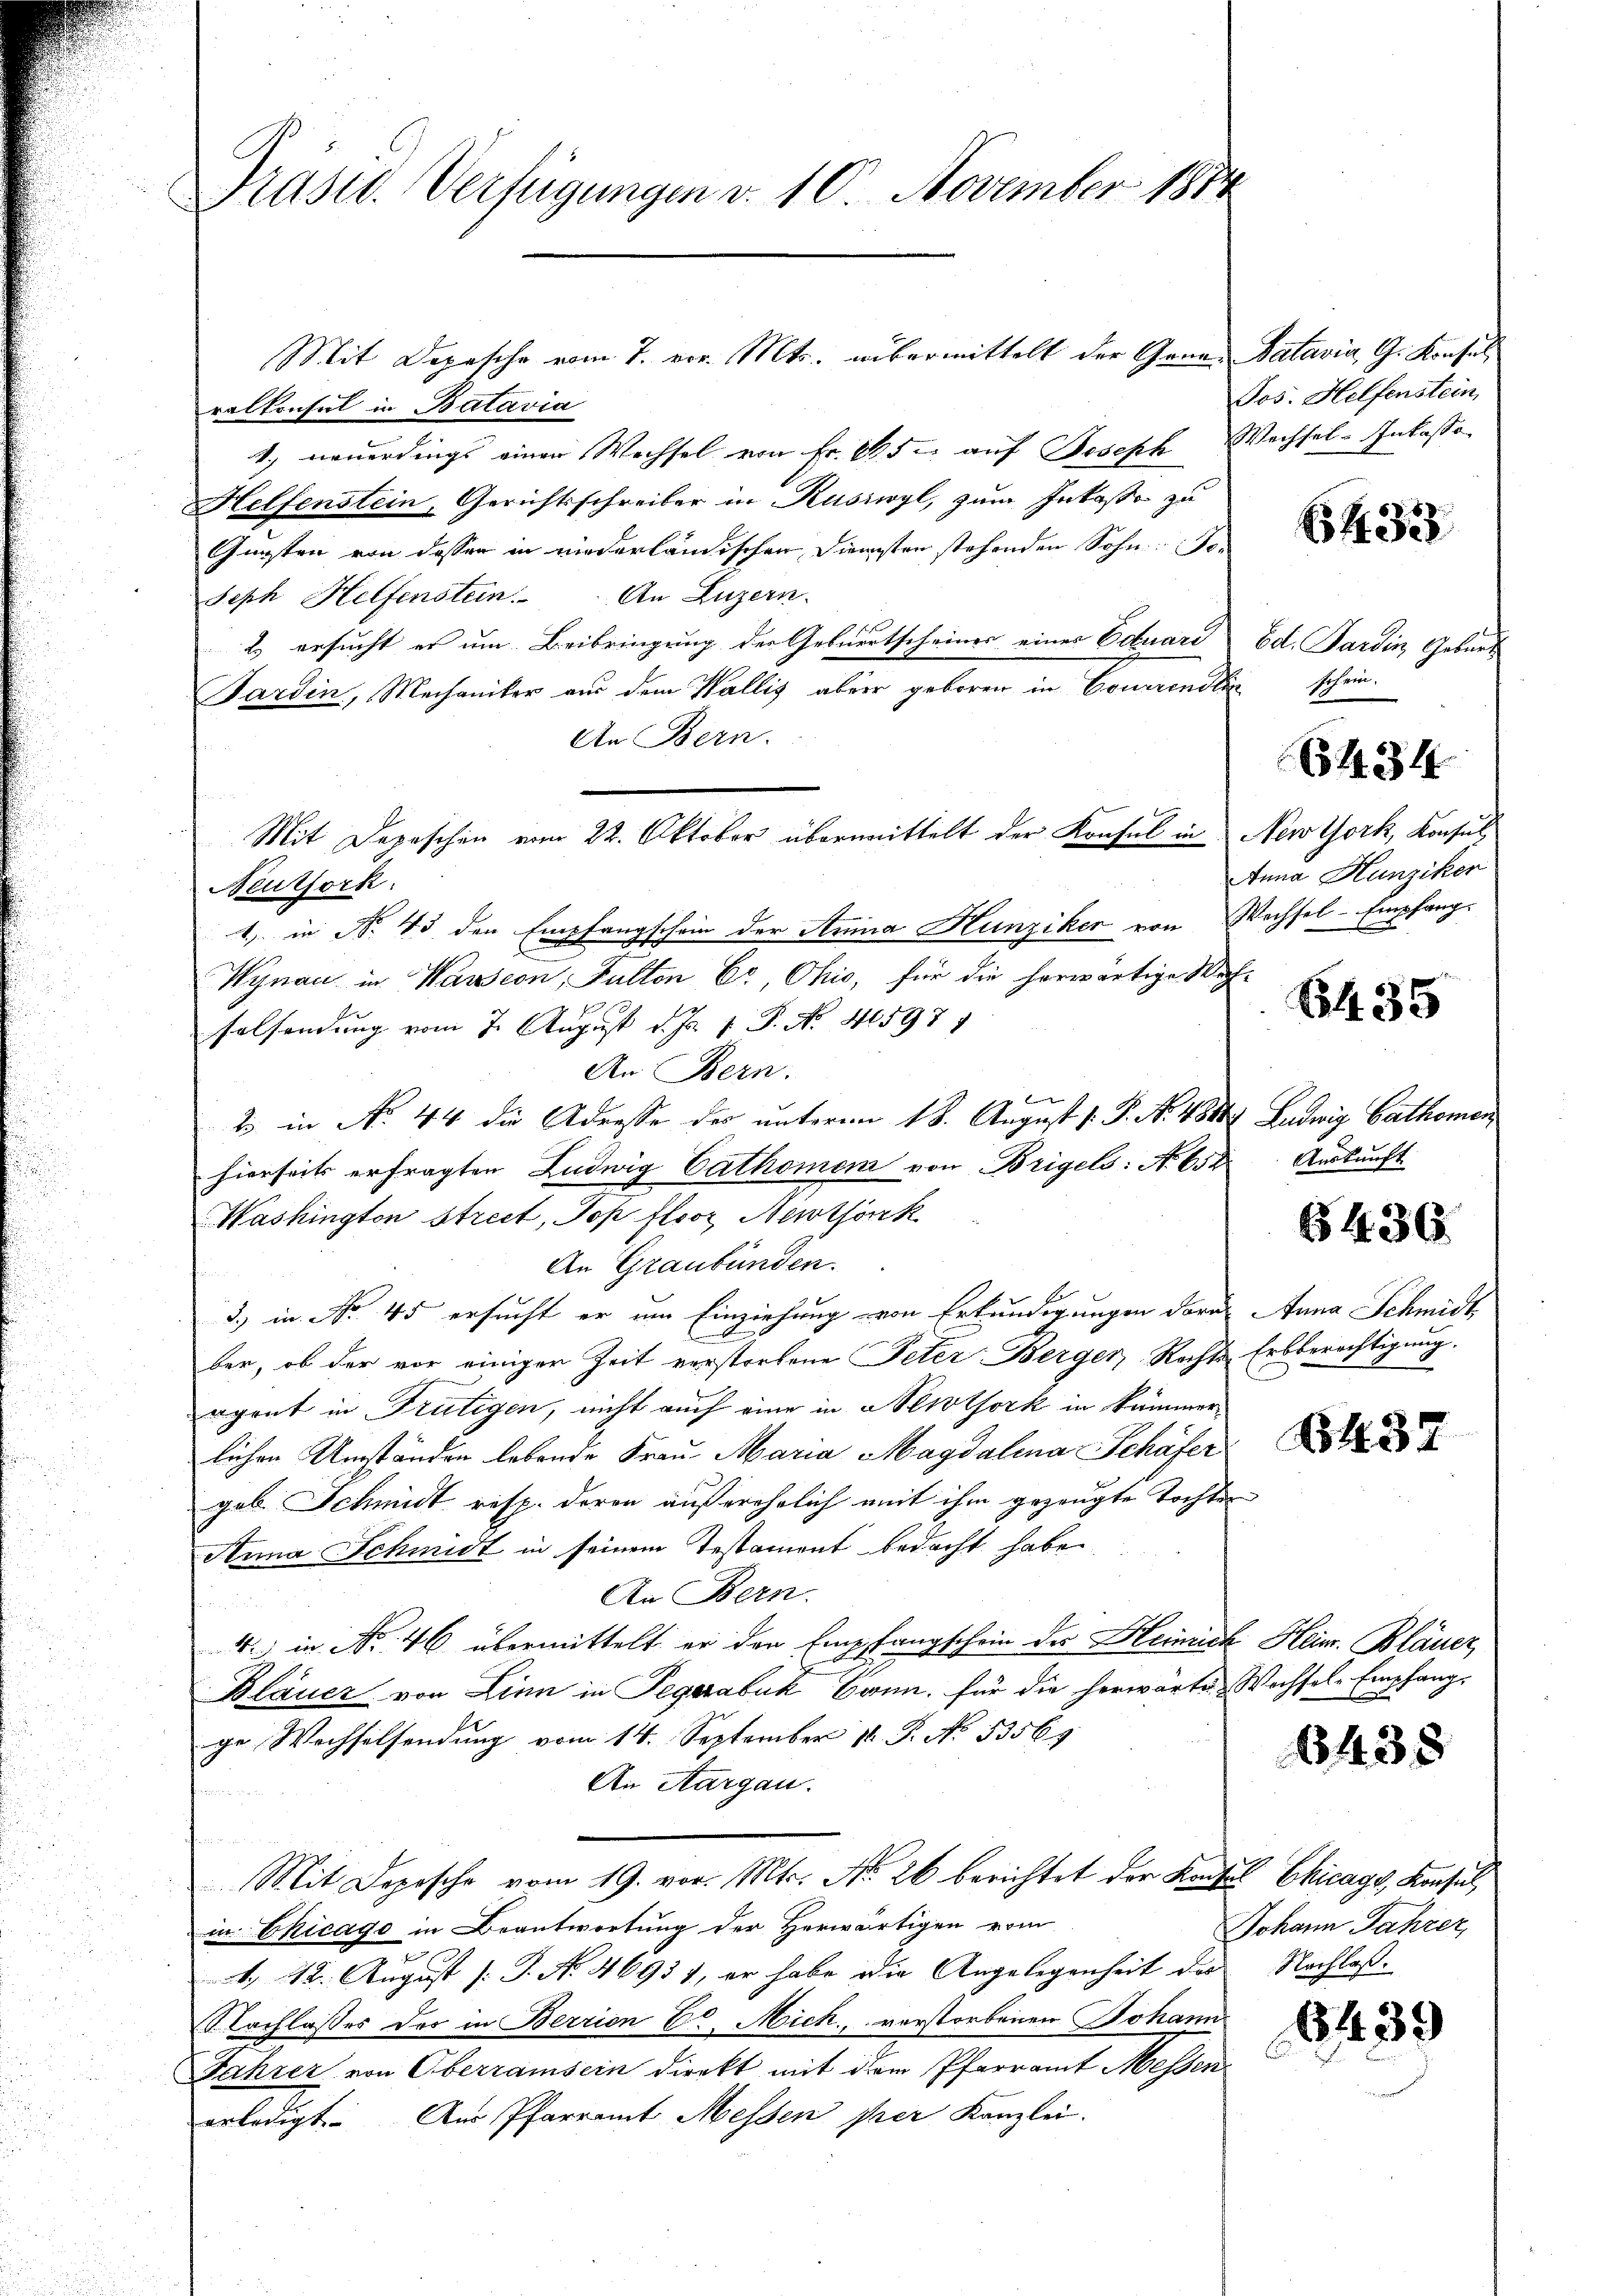
Präsid. Verfügungen v. 10. November 181

ralkonsul in Batavia
1) neuerdings einen Wechsel von Fr. 645 auf Joseph Wechsel-Inkassa¬
Helfenstein, Gerichtsschreiber in Ruswyl, zum Inkasse zu
Gunsten von dessen in niederländischen Diensten stehenden Sohn Jo¬
Seph Helfenstein. An Luzern.
2) ersucht es um Beibringung des Geburtscheines eines Edtuari
Pardin, Mechaniker aus dem Wallis aber geboren in Conerendlic
An Bern.
Neuthork
1, in No 43 den Empfangschein der Anna Hunziker von Wechsel-Empfang-
Wynau in Warsion, Fulten Er, Ohio, für die herwärtige Wach-
selsendung vom 7. August d. Js. v. P. No. 405977
An Bern.
2 in No. 44 die Adresse des unterm 18. August 1. P. No. 4888. Ludwig Cathemen
hierseits erfragten Ludwig Cathomen von Brigels: No 658
Washington strect, Pop flor Newthörk
An Graubünden.
3.) in No 45 ersucht er um Einziehung von Erkundigungen darau Anna Schmidt,
ber, ob der vor einiger Zeit verstorbene Peter Berger, Rechts Erbberechtigung.
apont in Frutigen, nicht auch eine in Stilsork in kümmer
lichen Umständen lebende Frau Maria Magdalena Schäfer
geb. Schmidt resp. deren außerehelich mit ihm gezeugte Tochtes
Arma Schmidt in seinem Testament bedacht habe.
An Bern.
4. in Nr. 46 übermittelt er den Empfangschein der Heimich Heinr. Bläuer
Blauer von Linn in Tegerabuk, Bonn, für die herwärte Wochsel-Empfang
ge Wechselsendung vom 14. September 18. P. No. 53565
An Aargau.
Mit Deposche vom 19. vor. Mts. No. 26 berichtet der Kaufes Chicago, Konsul
in Chicago in Beantwortung der Herwärtigen vom
1. 42. August [P. No. 4695), er habe die Angelegenheit der
Nachlasses des in Berrien C. Mich, verstorbenen Johann
Jahrer von Oberramsein direkt mit dem Pfarramt Messen
erledigt. Aus Pfarramt Messen per Kanzlei.

Mit Depeschen vom 22. Oktober übermittelt der Konsul in New York, Konsul

Mit Depesche vom 7. vor. Mts. übermittelt der Gener Batavia, G. Konsul

Jos. Helfenstein,

E S. 33

Ed. Sardin Gebursehen,

6434

Inna Hunziker

6435

Auskunft.

§436.

2

37

6438

Johann Jahrer,
Nachlaß.

8439